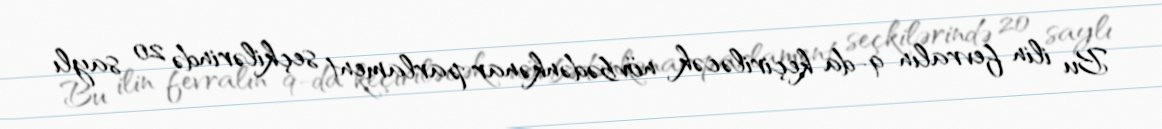
Bu ilin fevralın 9-da keçiriləcək növbədənkənar parlament seçkilərində 20 saylı